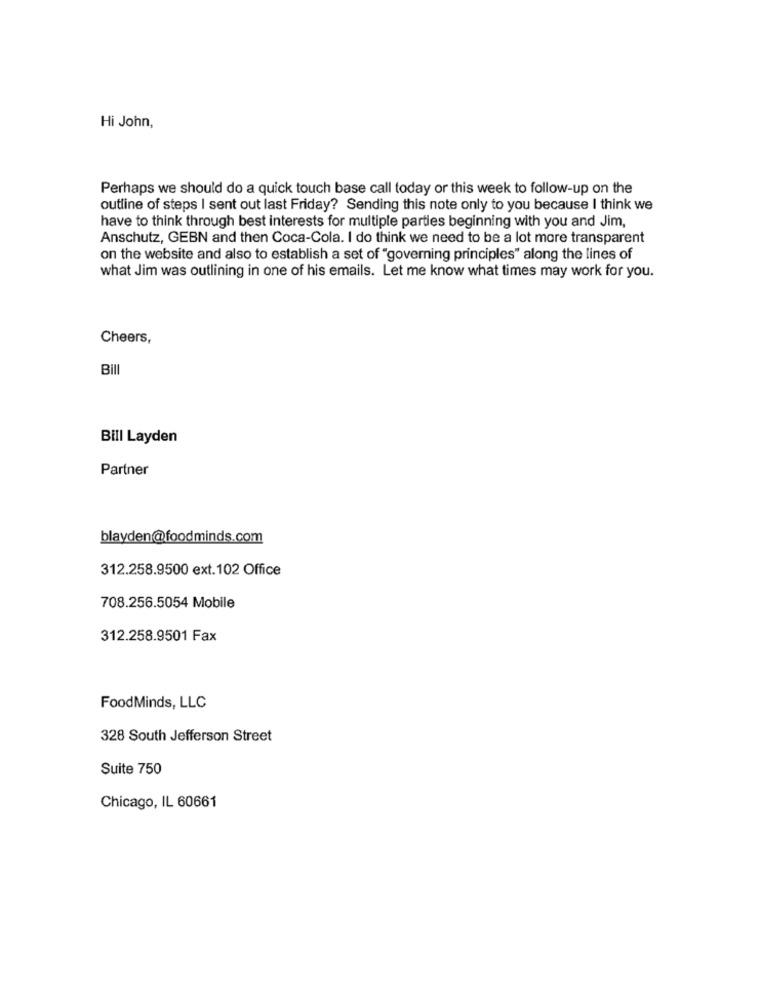
Hi John,
Perhaps we should do a quick touch base call today or this week to follow-up on the
outline of steps I sent out last Friday? Sending this note only to you because I think we
have to think through best interests for multiple parties beginning with you and Jim,
Anschutz, GEBN and then Coca-Cola. I do think we need to be a lot more transparent
on the website and also to establish a set of "governing principles" along the lines of
what Jim was outlining in one of his emails. Let me know what times may work for you.
Cheers,
Bill
Bill Layden
Partner
blayden@foodminds.com
312.258.9500 ext.102 Office
708.256.5054 Mobile
312.258.9501 Fax
FoodMinds, LLC
328 South Jefferson Street
Suite 750
Chicago, IL 60661